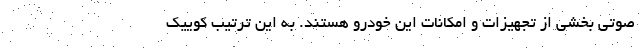
صوتی بخشی از تجهیزات و امکانات این خودرو هستند. به این ترتیب کوییک